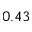
0 . 4 3